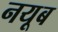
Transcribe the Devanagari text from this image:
नयूब